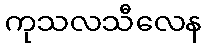
ကုသလသီလေန